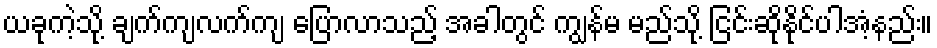
ယခုကဲ့သို့ ချက်ကျလက်ကျ ပြောလာသည့် အခါတွင် ကျွန်မ မည်သို့ ငြင်းဆိုနိုင်ပါအံ့နည်း။